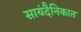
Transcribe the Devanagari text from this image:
सायंदैनिकात